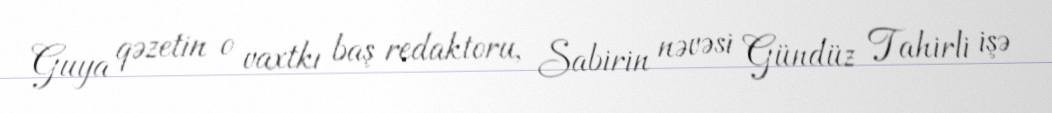
Guya qəzetin o vaxtkı baş redaktoru, Sabirin nəvəsi Gündüz Tahirli işə